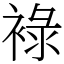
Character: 䘵